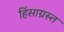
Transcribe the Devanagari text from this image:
हिंसाग्रस्त